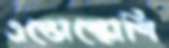
এন্ডোস্কোপি